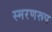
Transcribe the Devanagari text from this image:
स्मरणरूप